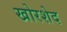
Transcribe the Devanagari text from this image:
खोरशेद